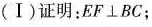
(Ⅰ)证明：EF⊥BC；